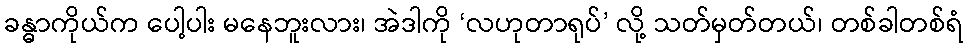
ခန္ဓာကိုယ်က ပေါ့ပါး မနေဘူးလား၊ အဲဒါကို ‘လဟုတာရုပ်’ လို့ သတ်မှတ်တယ်၊ တစ်ခါတစ်ရံ